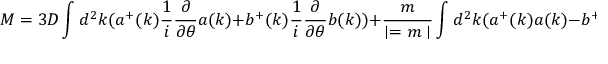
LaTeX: M = 3 D \int d ^ { 2 } k ( a ^ { + } ( k ) { \frac { 1 } { i } } { \frac { \partial } { \partial \theta } } a ( k ) + b ^ { + } ( k ) { \frac { 1 } { i } } { \frac { \partial } { \partial \theta } } b ( k ) ) + { \frac { m } { \mid = m \mid } } \int d ^ { 2 } k ( a ^ { + } ( k ) a ( k ) - b ^ { + } ( k ) b ( k ) ) ,